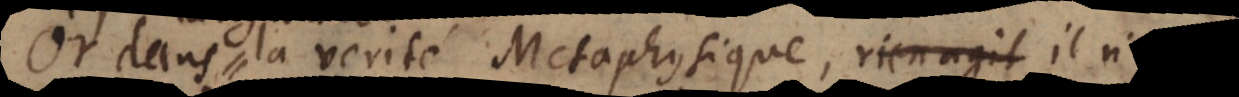
Or dans la verité Metaphysique, rien agit sur